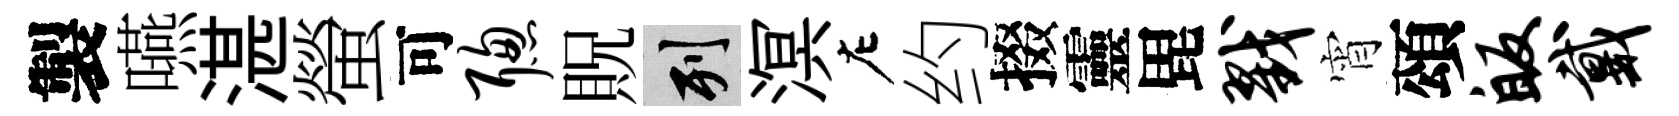
製嚥湛螢可聪貺列溟左约掇靈毘戮宵頌皈戴